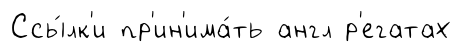
Ссы́лк'и пр'ин'има́ть англ р'егатах